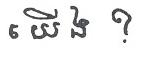
យើង ?